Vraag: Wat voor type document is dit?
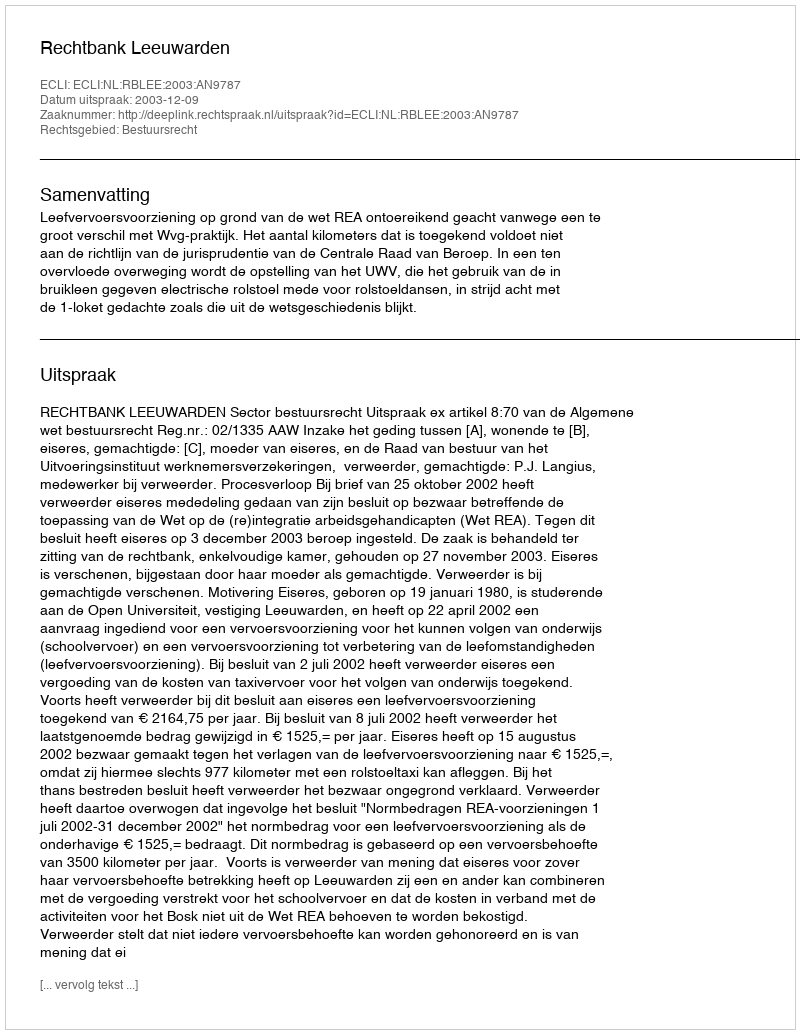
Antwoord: Uitspraak